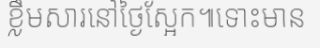
ខ្លឹមសារនៅថ្ងៃស្អែក៕ទោះមាន